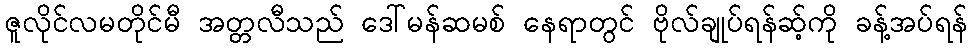
ဇူလိုင်လမတိုင်မီ အတ္တလီသည် ဒေါ်မန်ဆမစ် နေရာတွင် ဗိုလ်ချုပ်ရန်ဆ့်ကို ခန့်အပ်ရန်